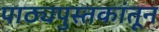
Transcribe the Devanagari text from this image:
पाठ्यपुस्तकांतून